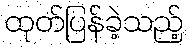
ထုတ်ပြန်ခဲ့သည့်